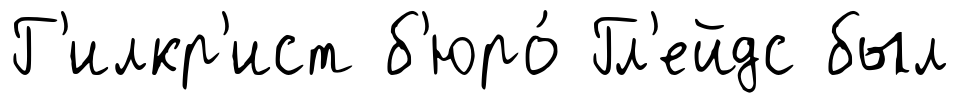
Г'илкр'ист б'юро́ Гл'ейдс был